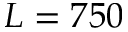
L = 7 5 0